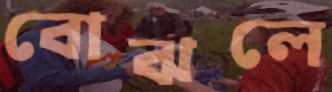
বোঝলে